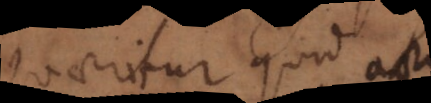
Quaeritur quid sit